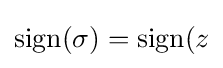
\mathrm {sign} (\sigma )=\mathrm {sign} (z